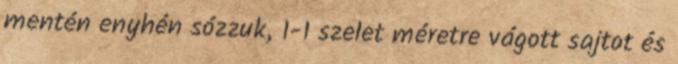
mentén enyhén sózzuk, 1-1 szelet méretre vágott sajtot és